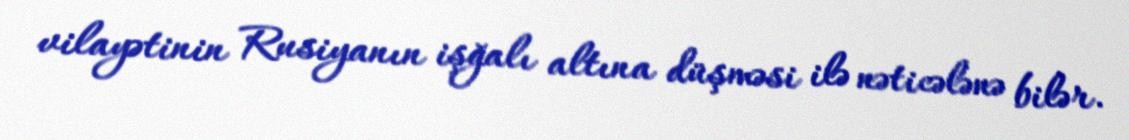
vilayətinin Rusiyanın işğalı altına düşməsi ilə nəticələnə bilər.